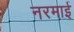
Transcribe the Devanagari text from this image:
नरमाई